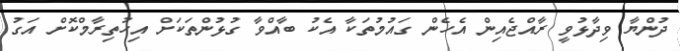
ދުންޔާ ވިދާޅުވީ ރާއްޖެއިން އެހެން ގައުމުތަކާ އެކު ބާއްވާ ގުޅުންތަކަށް އިހުތިރާމްކޮށް އަގު